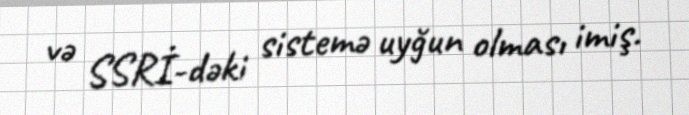
və SSRİ-dəki sistemə uyğun olması imiş.